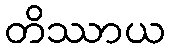
တိဿာယ